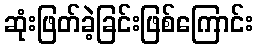
ဆုံးဖြတ်ခဲ့ခြင်းဖြစ်ကြောင်း